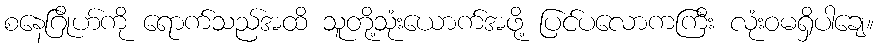
စနေဂြိုဟ်ကို ရောက်သည်အထိ သူတို့သုံးယောက်အဖို့ ပြင်ပလောကကြီး လုံးဝမရှိပါချေ။